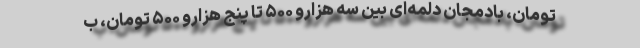
تومان، بادمجان دلمه‌ای بین سه هزارو ۵۰۰ تا پنج هزارو ۵۰۰ تومان، ب